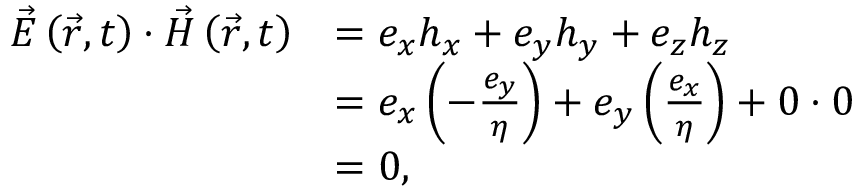
{ \begin{array} { r l } { { \vec { E } } \left( { \vec { r } } , t \right) \cdot { \vec { H } } \left( { \vec { r } } , t \right) } & { = e _ { x } h _ { x } + e _ { y } h _ { y } + e _ { z } h _ { z } } \\ & { = e _ { x } \left( - { \frac { e _ { y } } { \eta } } \right) + e _ { y } \left( { \frac { e _ { x } } { \eta } } \right) + 0 \cdot 0 } \\ & { = 0 , } \end{array} }